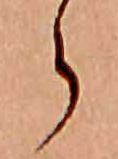
ら